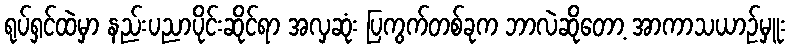
ရုပ်ရှင်ထဲမှာ နည်းပညာပိုင်းဆိုင်ရာ အလှဆုံး ပြကွက်တစ်ခုက ဘာလဲဆိုတော့ အာကာသယာဉ်မှူး